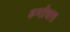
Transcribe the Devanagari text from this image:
कण्ठीवाला